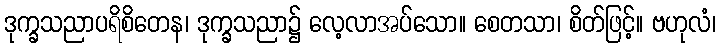
ဒုက္ခသညာပရိစိတေန၊ ဒုက္ခသညာ၌ လေ့လာအပ်သော။ စေတသာ၊ စိတ်ဖြင့်။ ဗဟုလံ၊